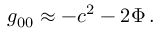
g _ { 0 0 } \approx - c ^ { 2 } - 2 \Phi \, .